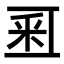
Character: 𨤏